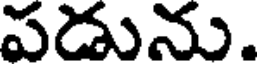
పడును.